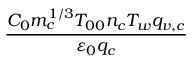
\frac { C _ { 0 } m _ { c } ^ { 1 / 3 } T _ { 0 0 } n _ { c } T _ { w } q _ { v , c } } { { \varepsilon } _ { 0 } q _ { c } }